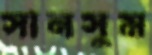
সানসুম